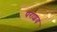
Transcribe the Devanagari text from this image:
पराशय